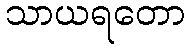
သာယရတော